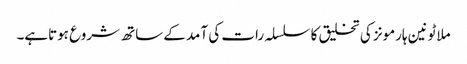
ملاٹونین ہارمونز کی تخلیق کا سلسلہ رات کی آمد کے ساتھ شروع ہوتاہے۔